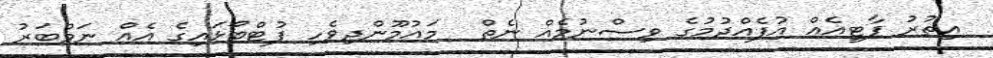
އިތުރު ޕާޓީއެއް އުފެއްދުމުގެ ވިސްނުމެއް ނެތް  މައުމޫންދިވެހި ފުޓްބޯޅައިގެ އެއް ނަމްބަރު